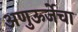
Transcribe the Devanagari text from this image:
अणुऊर्जेचा